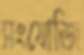
সংযোজি